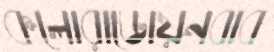
কলোরাডোয়নবাব